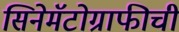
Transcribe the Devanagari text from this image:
सिनेमॅटोग्राफीची